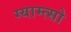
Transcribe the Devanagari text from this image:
ग्याम्त्सो